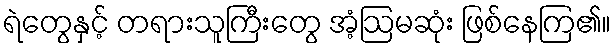
ရဲတွေနှင့် တရားသူကြီးတွေ အံ့ဩမဆုံး ဖြစ်နေကြ၏။